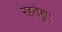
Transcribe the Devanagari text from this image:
रहतेहुए